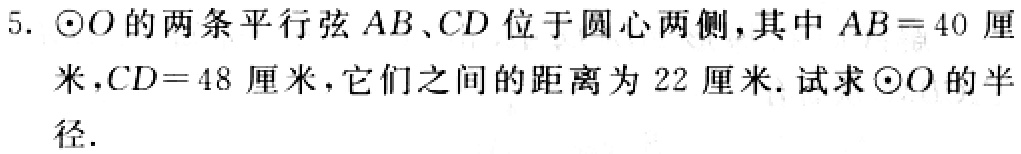
5. $\odot O$的两条平行弦$AB$、$CD$位于圆心两侧，其中$AB = 40$厘米，$CD = 48$厘米，它们之间的距离为$22$厘米. 试求$\odot O$的半径.